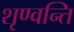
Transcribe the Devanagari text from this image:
शृण्वन्ति